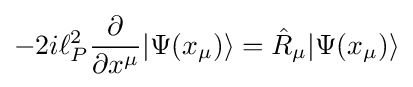
-2i\ell _{P}^{2}{\frac {\partial }{\partial x^{\mu }}}|\Psi (x_{\mu })\rangle ={\hat {R}}_{\mu }|\Psi (x_{\mu })\rangle